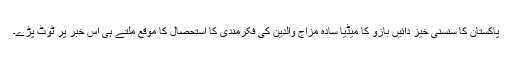
پاکستان کا سنسنی خیز دائیں بازو کا میڈیا سادہ مزاج والدین کی فکرمندی کا استحصال کا موقع ملتے ہی اس خبر پر ٹوٹ پڑے۔